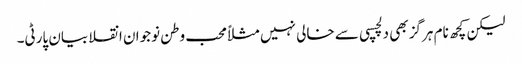
لیکن کچھ نام ہرگز بھی دلچسپی سے خالی نہیں مثلاًمحب وطن نوجوان انقلابیان پارٹی۔